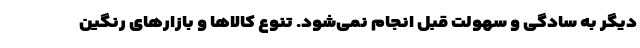
دیگر به سادگی و سهولت قبل انجام نمی‌شود. تنوع کالاها و بازارهای رنگین